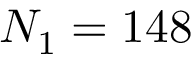
N _ { 1 } = 1 4 8